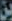
بن